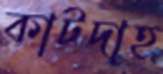
কাটদাহ